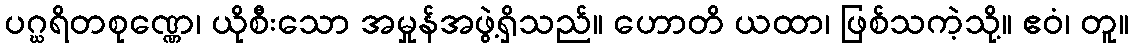
ပဂ္ဃရိတစုဏ္ဏေ၊ ယိုစီးသော အမှုန်အဖွဲ့ရှိသည်။ ဟောတိ ယထာ၊ ဖြစ်သကဲ့သို့။ ဧဝံ၊ တူ။